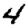
Digit: 4